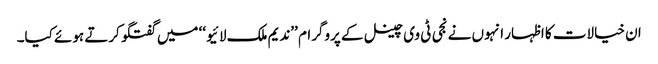
ان خیالات کا اظہار انہوں نے نجی ٹی وی چینل کے پروگرام ’’ندیم ملک لائیو‘‘ میں گفتگو کرتے ہوئے کیا۔